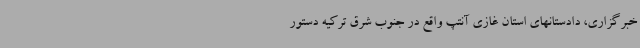
خبرگزاری، دادستانهای استان غازی آنتپ واقع در جنوب شرق ترکیه دستور